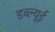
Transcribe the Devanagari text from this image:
डब्ल्यूई